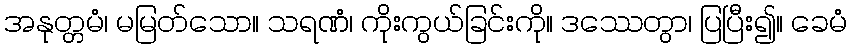
အနုတ္တမံ၊ မမြတ်သော။ သရဏံ၊ ကိုးကွယ်ခြင်းကို။ ဒဿေတွာ၊ ပြပြီး၍။ ခေမံ